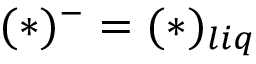
( * ) ^ { - } = ( * ) _ { l i q }